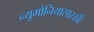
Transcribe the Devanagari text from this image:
न्यूमोनियासारखी